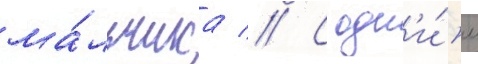
ма́льчика // С одн'и́м